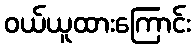
ဝယ်ယူထားကြောင်း